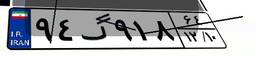
۵۵گ۴۶۰۹۹